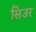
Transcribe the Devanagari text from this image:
सिउर